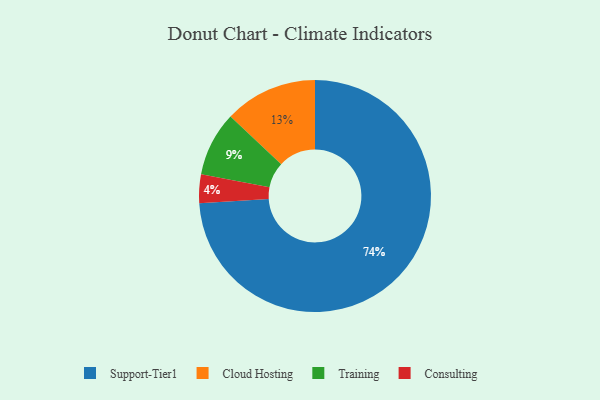
{"axis": {"x": "Category", "y": "Percentage"}, "legend": ["Cloud Hosting", "Consulting", "Support-Tier1", "Training"], "data": [{"x": "Cloud Hosting", "y": 13, "type": "Cloud Hosting"}, {"x": "Consulting", "y": 4, "type": "Consulting"}, {"x": "Support-Tier1", "y": 74, "type": "Support-Tier1"}, {"x": "Training", "y": 9, "type": "Training"}]}